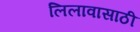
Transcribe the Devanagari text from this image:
लिलावासाठी